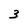
Character: 3